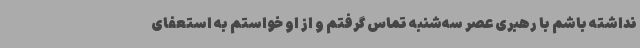
نداشته باشم با رهبری عصر سه‌شنبه تماس گرفتم و از او خواستم به استعفای